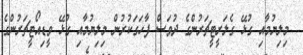
މިލިޔުމާއި ގުޅޭ ގެލަރީޓީޗަރުންގެ ދުވަސް ފާހަގަކުރުން މިލިޔުމާއި ގުޅޭ ވީޑިއޯޓީޗަރުންގެ